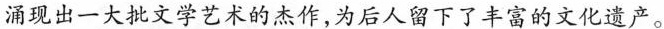
涌现出一大批文学艺术的杰作，为后人留下了丰富的文化遗产。